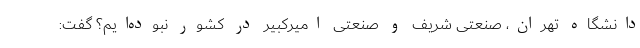
دانشگاه تهران، صنعتی شریف و صنعتی امیرکبیر در کشور نبوده‌ایم؟ گفت: